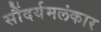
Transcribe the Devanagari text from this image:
सौंदर्यमलंकार